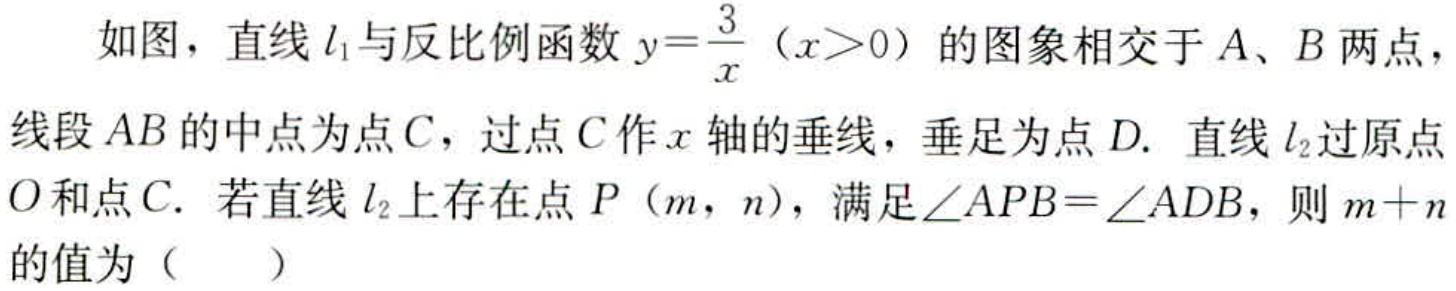
如图，直线\(l_{1}\)与反比例函数\(y = \frac{3}{x}\)（\(x>0\)）的图象相交于\(A\)、\(B\)两点，线段\(AB\)的中点为点\(C\)，过点\(C\)作\(x\)轴的垂线，垂足为点\(D\). 直线\(l_{2}\)过原点\(O\)和点\(C\). 若直线\(l_{2}\)上存在点\(P\)（\(m\)，\(n\)），满足\(\angle APB = \angle ADB\)，则\(m + n\)的值为（  ）